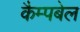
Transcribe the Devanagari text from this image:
कैम्‍पबेल